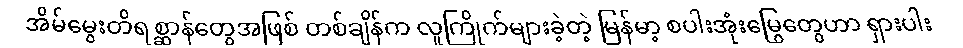
အိမ်မွေးတိရစ္ဆာန်တွေအဖြစ် တစ်ချိန်က လူကြိုက်များခဲ့တဲ့ မြန်မာ့ စပါးအုံးမြွေတွေဟာ ရှားပါး